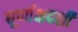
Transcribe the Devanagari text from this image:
घूर्णाक्षदर्शी